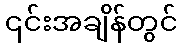
၎င်းအချိန်တွင်